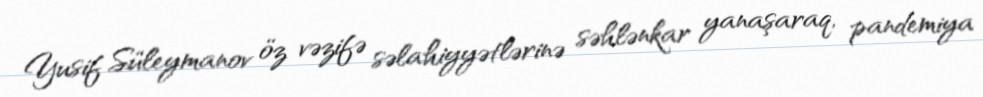
Yusif Süleymanov öz vəzifə səlahiyyətlərinə səhlənkar yanaşaraq, pandemiya